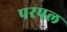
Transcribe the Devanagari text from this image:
परपल